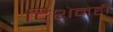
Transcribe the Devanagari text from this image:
दिशेनेही